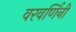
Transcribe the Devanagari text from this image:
वरवर्णिनी